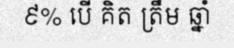
៩% បើ គិត ត្រឹម ឆ្នាំ